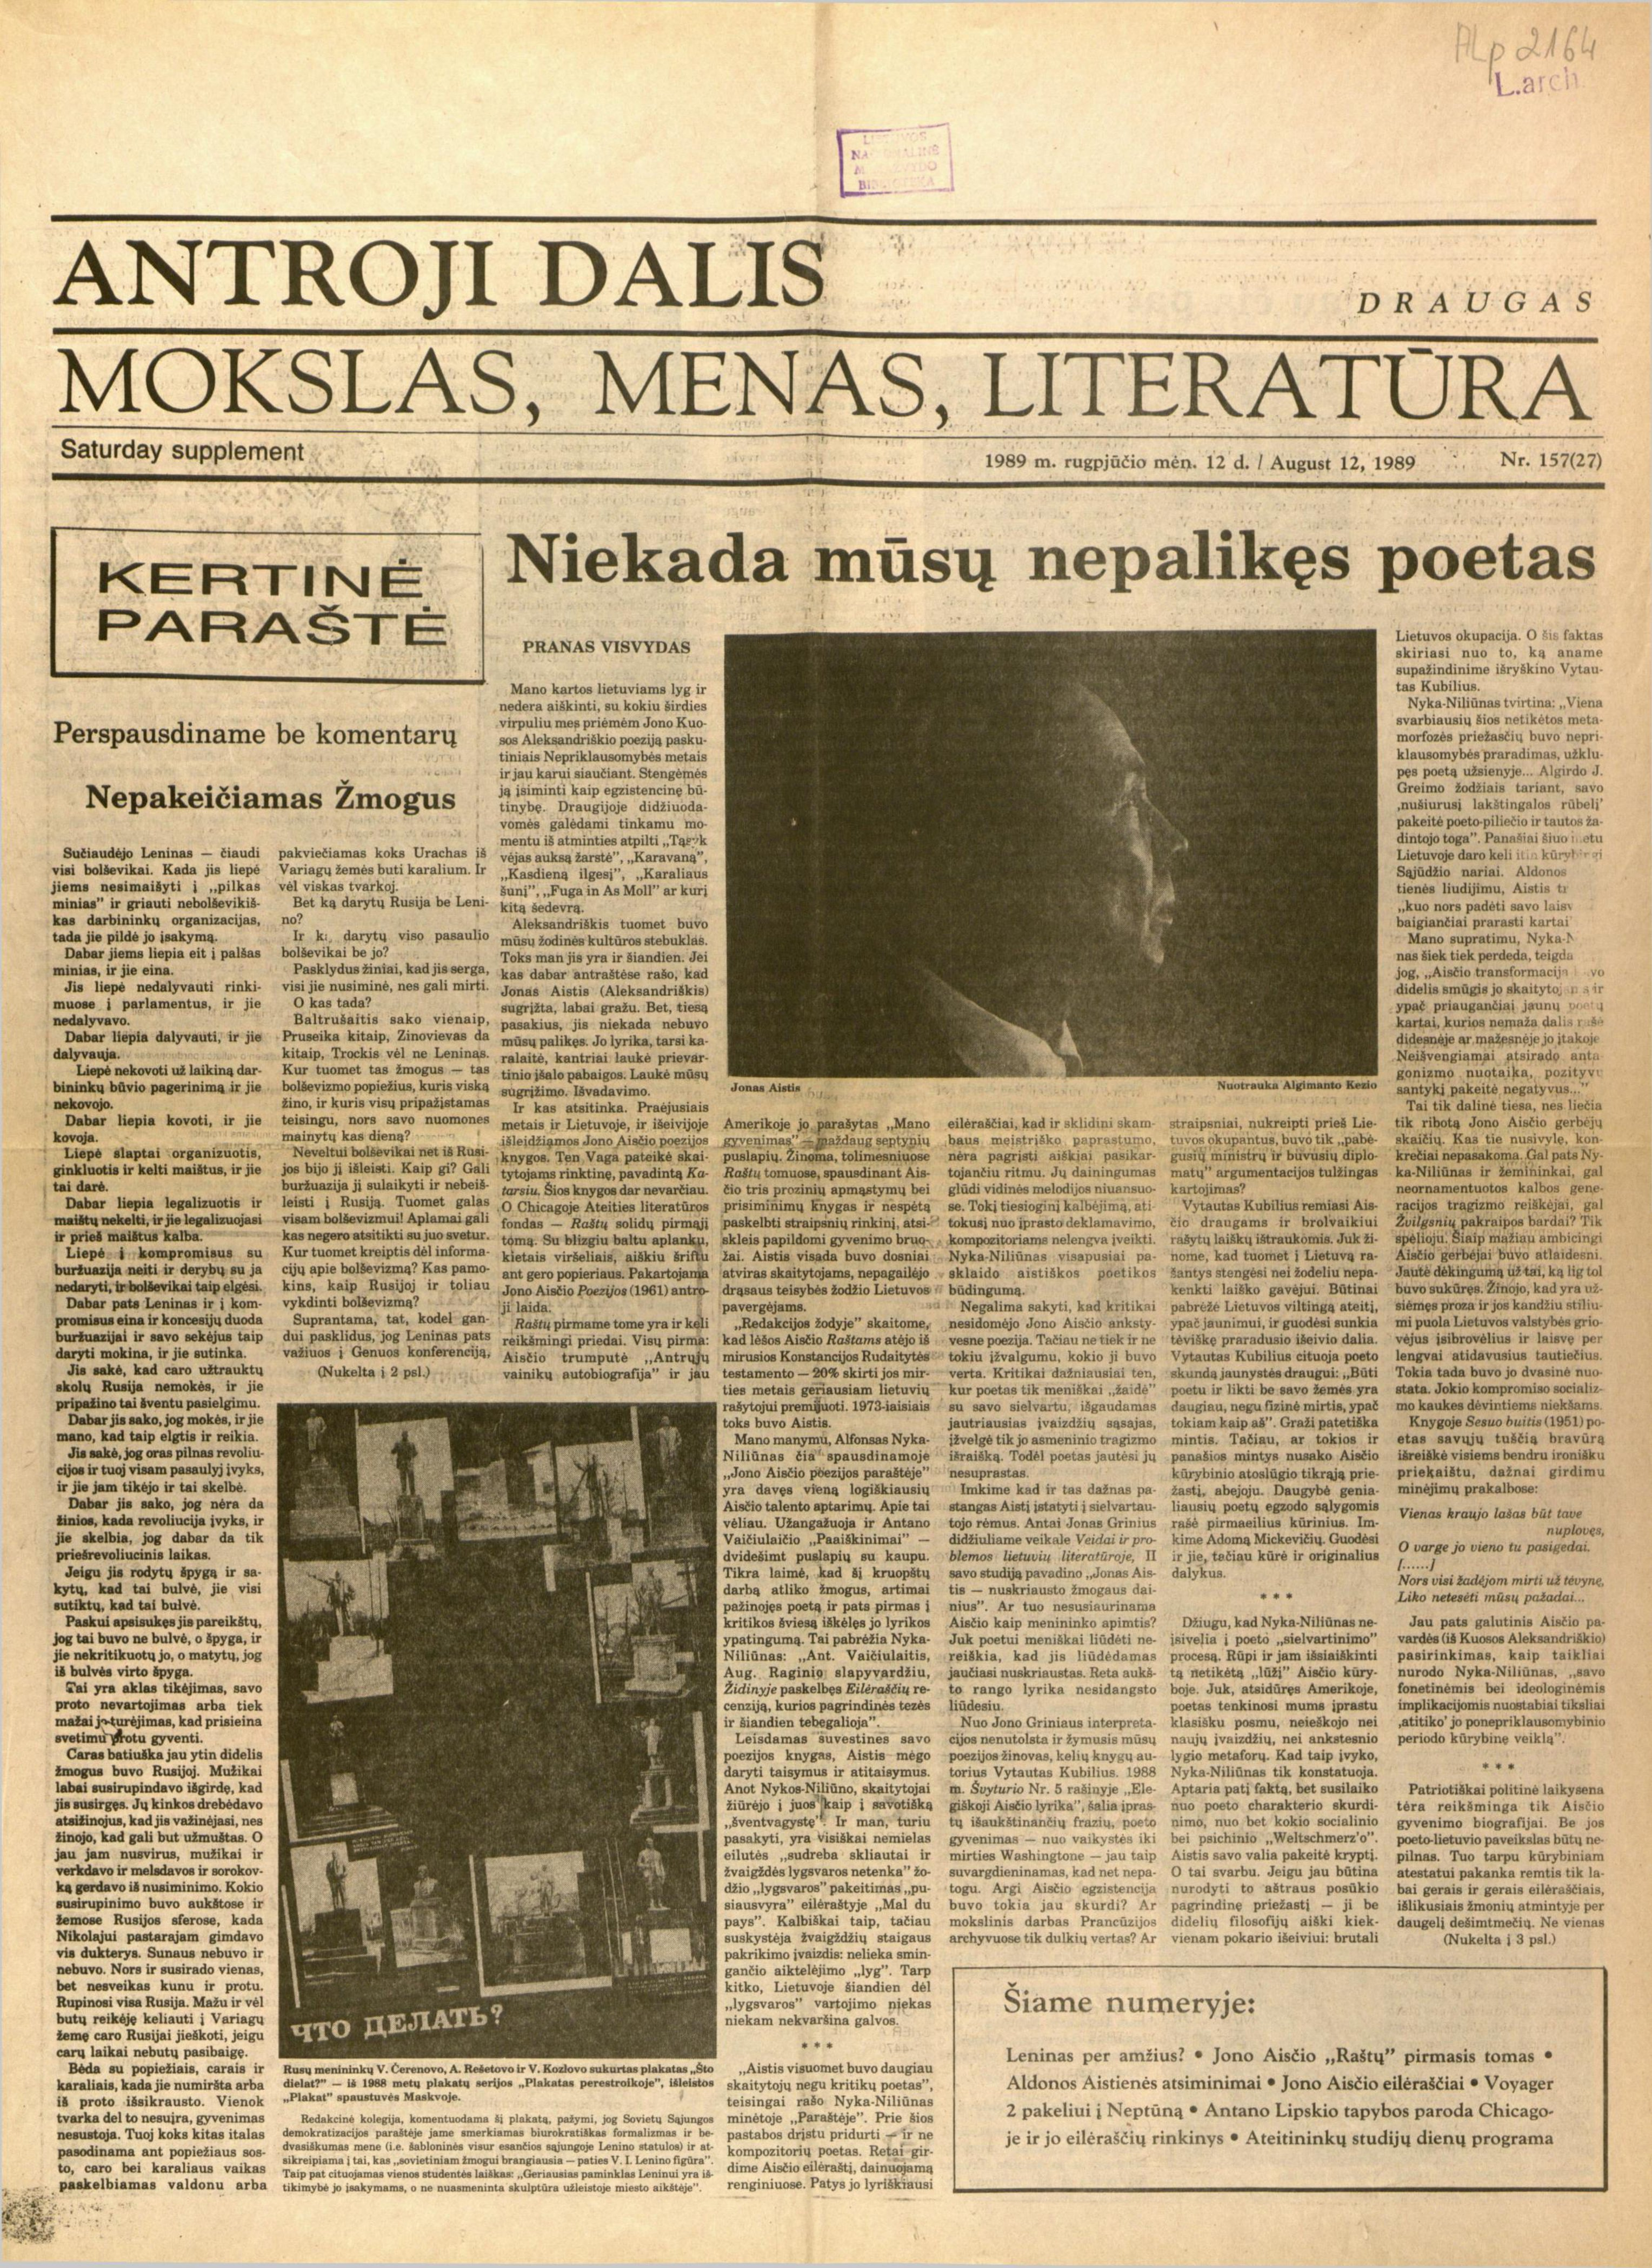
Language: lt